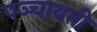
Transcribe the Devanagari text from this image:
पञ्चायती